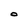
Character: O